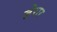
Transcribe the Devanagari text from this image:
ज़ेरार